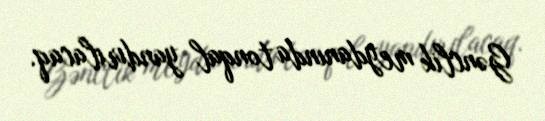
Gənclik meydanında tonqal yandırılacaq.